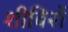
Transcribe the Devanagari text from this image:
शीविरों